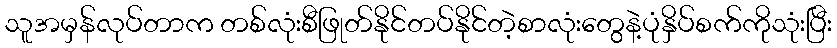
သူအမှန်လုပ်တာက တစ်လုံးစီဖြုတ်နိုင်တပ်နိုင်တဲ့စာလုံးတွေနဲ့ပုံနှိပ်စက်ကိုသုံးပြီး